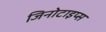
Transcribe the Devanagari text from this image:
जिनोटाइप्स